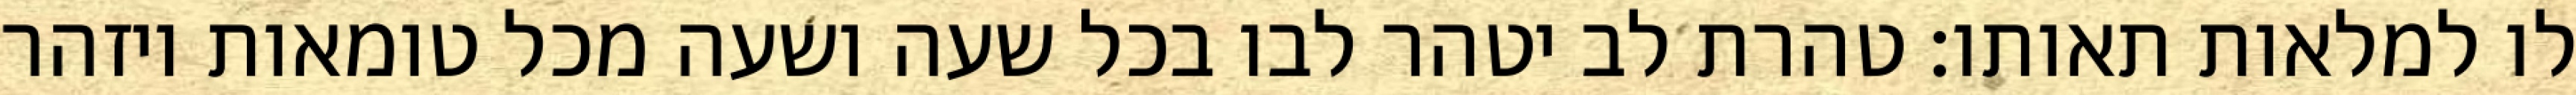
לו למלאות תאותו: טהרת לב יטהר לבו בכל שעה ושעה מכל טומאות ויזהר